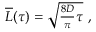
\begin{array} { r } { \overline { { L } } ( \tau ) = \sqrt { \frac { 8 D } { \pi } \tau } \ , } \end{array}